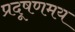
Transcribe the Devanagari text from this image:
प्रदूषणमय